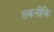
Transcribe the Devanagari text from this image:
तकनीकि